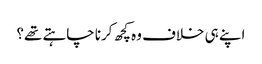
اپنے ہی خلاف وہ کچھ کرنا چاہتے تھے؟